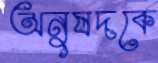
অনুষদকে